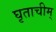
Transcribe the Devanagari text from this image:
घृताचीम्